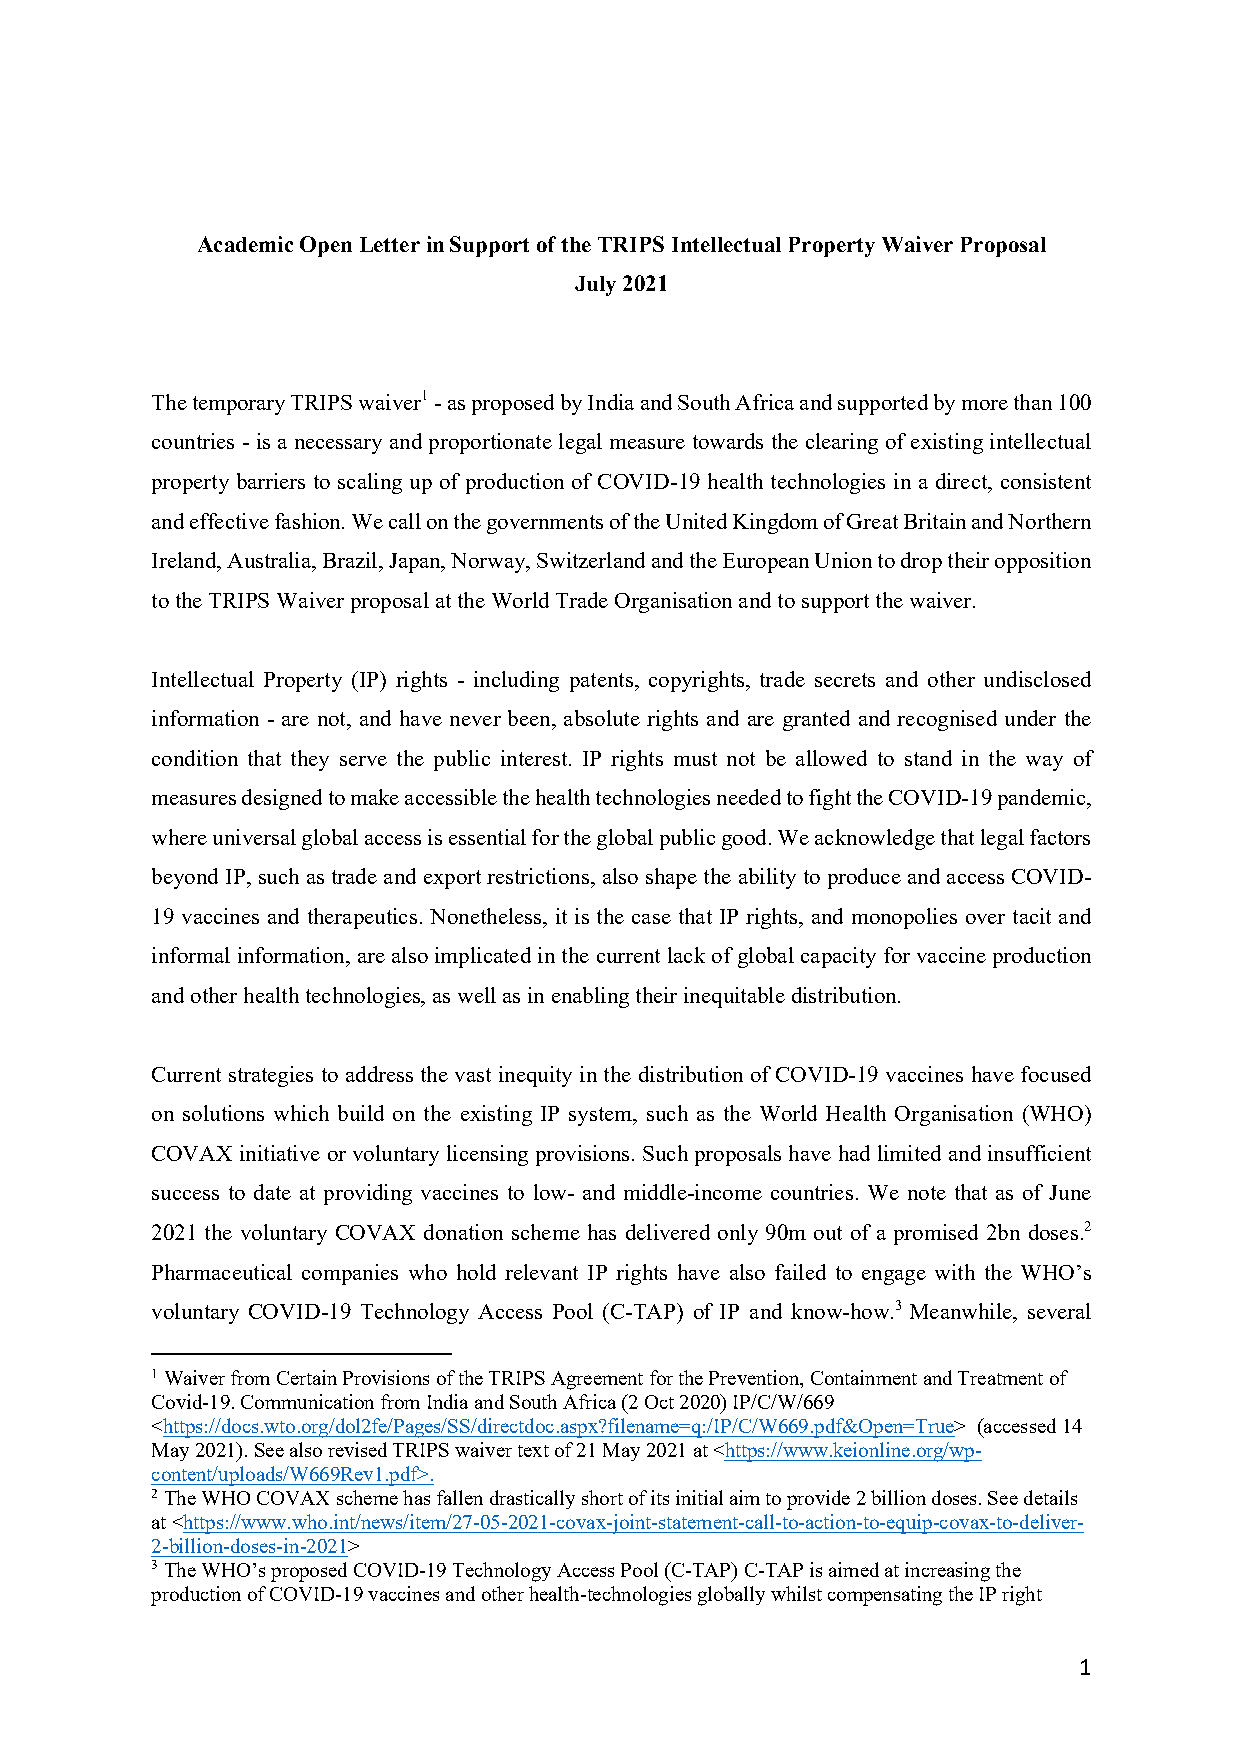
Academic Open Letter in Support of the TRIPS Intellectual Property Waiver Proposal
 July 2021
 The temporary TRIPS waiver1 - as proposed by India and South Africa and supported by more than 100
 countries - is a necessary and proportionate legal measure towards the clearing of existing intellectual
 property barriers to scaling up of production of COVID-19 health technologies in a direct, consistent
 and effective fashion. We call on the governments of the United Kingdom of Great Britain and Northern
 Ireland, Australia, Brazil, Japan, Norway, Switzerland and the European Union to drop their opposition
 to the TRIPS Waiver proposal at the World Trade Organisation and to support the waiver.
 Intellectual Property (IP) rights - including patents, copyrights, trade secrets and other undisclosed
 information - are not, and have never been, absolute rights and are granted and recognised under the
 condition that they serve the public interest. IP rights must not be allowed to stand in the way of
 measures designed to make accessible the health technologies needed to fight the COVID-19 pandemic,
 where universal global access is essential for the global public good. We acknowledge that legal factors
 beyond IP, such as trade and export restrictions, also shape the ability to produce and access COVID-
 19 vaccines and therapeutics. Nonetheless, it is the case that IP rights, and monopolies over tacit and
 informal information, are also implicated in the current lack of global capacity for vaccine production
 and other health technologies, as well as in enabling their inequitable distribution.
 Current strategies to address the vast inequity in the distribution of COVID-19 vaccines have focused
 on solutions which build on the existing IP system, such as the World Health Organisation (WHO)
 COVAX initiative or voluntary licensing provisions. Such proposals have had limited and insufficient
 success to date at providing vaccines to low- and middle-income countries. We note that as of June
 2021 the voluntary COVAX donation scheme has delivered only 90m out of a promised 2bn doses.2
 Pharmaceutical companies who hold relevant IP rights have also failed to engage with the WHO’s
 voluntary COVID-19 Technology Access Pool (C-TAP) of IP and know-how.3 Meanwhile, several
 1 Waiver from Certain Provisions of the TRIPS Agreement for the Prevention, Containment and Treatment of
 Covid-19. Communication from India and South Africa (2 Oct 2020) IP/C/W/669
 <https://docs.wto.org/dol2fe/Pages/SS/directdoc.aspx?filename=q:/IP/C/W669.pdf&Open=True> (accessed 14
 May 2021). See also revised TRIPS waiver text of 21 May 2021 at <https://www.keionline.org/wp-
 content/uploads/W669Rev1.pdf>.
 2 The WHO COVAX scheme has fallen drastically short of its initial aim to provide 2 billion doses. See details
 at <https://www.who.int/news/item/27-05-2021-covax-joint-statement-call-to-action-to-equip-covax-to-deliver-
 2-billion-doses-in-2021>
 3 The WHO’s proposed COVID-19 Technology Access Pool (C-TAP) C-TAP is aimed at increasing the
 production of COVID-19 vaccines and other health-technologies globally whilst compensating the IP right
 1